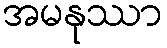
အမနုဿာ